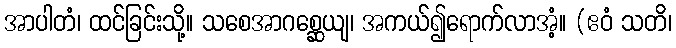
အာပါတံ၊ ထင်ခြင်းသို့။ သစေအာဂစ္ဆေယျ၊ အကယ်၍ရောက်လာအံ့။ (ဧဝံ သတိ၊